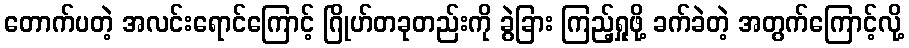
တောက်ပတဲ့ အလင်းရောင်ကြောင့် ဂြိုဟ်တခုတည်းကို ခွဲခြား ကြည့်ရှုဖို့ ခက်ခဲတဲ့ အတွက်ကြောင့်လို့